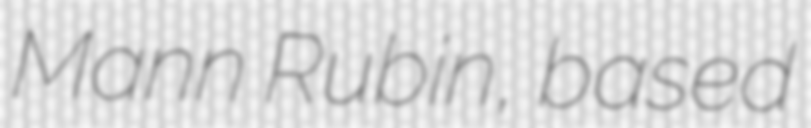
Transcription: Mann Rubin, based